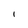
Character: i